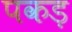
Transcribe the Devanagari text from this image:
पकड़़